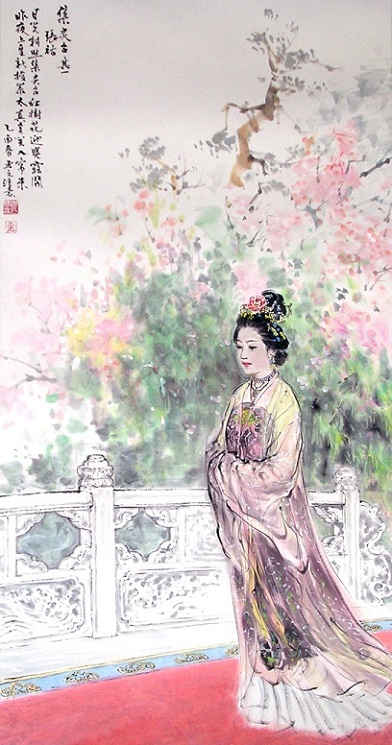
却嫌脂粉污颜色，淡扫蛾眉朝至尊。